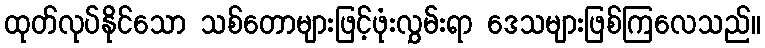
ထုတ်လုပ်နိုင်သော သစ်တောများဖြင့်ဖုံးလွှမ်းရာ ဒေသများဖြစ်ကြလေသည်။